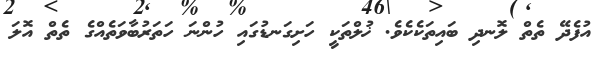
އުފެދޭ ތެތް ލޮނދި ބައިތަކެކެވެ. ޚުލްތަކީ ހަށިގަނޑުގައި ހުންނަ ހަތަރުބާވަތެއްގެ ތެތް އޮލަ